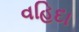
વહિદા